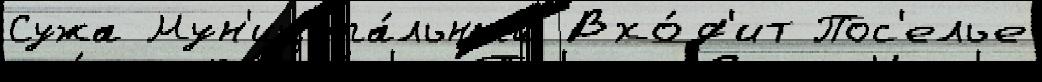
Сужа Мун'иципа́льный Вхо́д'ит Пос'елье